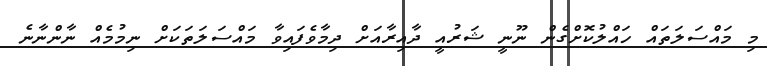
މި މައްސަލަތައް ހައްލުކޮށްގެން ނޫނީ ޝަރުއީ ދާއިރާއަށް ދިމާވެފައިވާ މައްސަލަތަކަށް ނިމުމެއް ނާންނާނެ